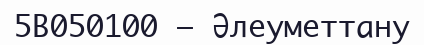
5В050100 – Әлеуметтану